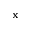
\mathbf { x }